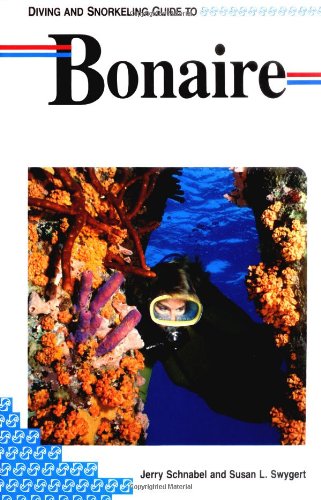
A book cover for Diving and Snorkeling Guide to Bonaire (Lonely Planet Diving & Snorkeling Great Barrier Reef); Jerry Schnabel; Travel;